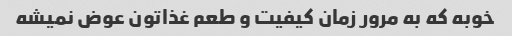
خوبه که به مرور زمان کیفیت و طعم غذاتون عوض نمیشه